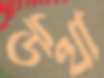
উত্থা